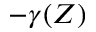
- \gamma ( Z )